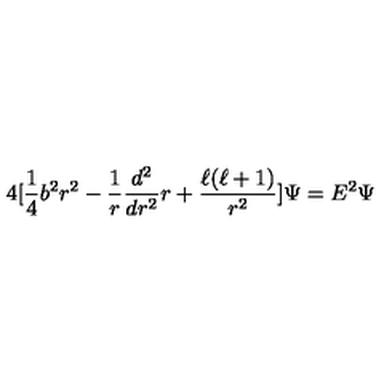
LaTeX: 4 [ \frac { 1 } { 4 } b ^ { 2 } r ^ { 2 } - \frac { 1 } { r } \frac { d ^ { 2 } } { d r ^ { 2 } } r + \frac { \ell ( \ell + 1 ) } { r ^ { 2 } } ] \Psi = E ^ { 2 } \Psi